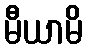
မီယာမိ